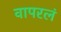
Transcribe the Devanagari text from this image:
वापरलं